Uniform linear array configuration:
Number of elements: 48
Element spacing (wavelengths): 1
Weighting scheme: hann
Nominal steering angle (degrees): -15
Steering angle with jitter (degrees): -15.04
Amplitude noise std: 0.05
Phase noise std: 0.05

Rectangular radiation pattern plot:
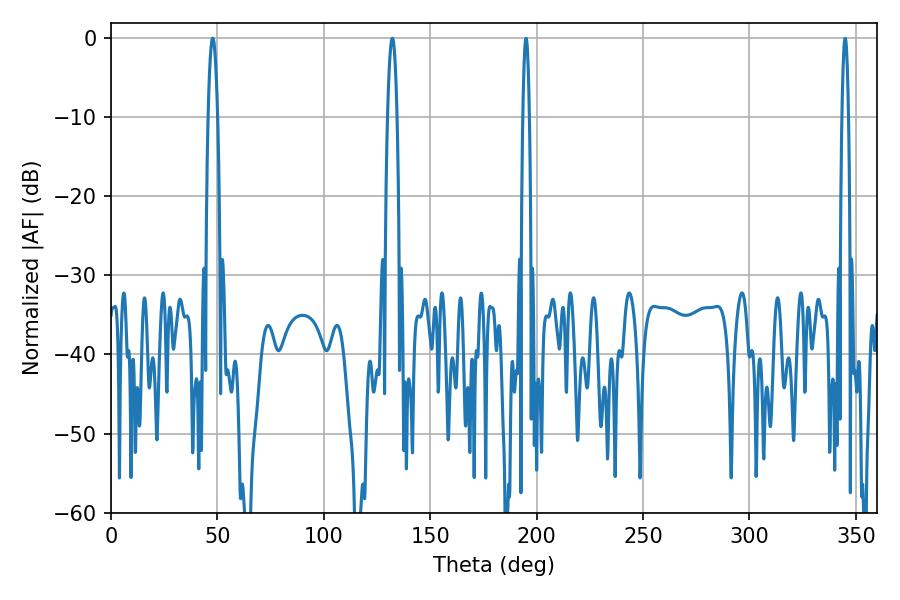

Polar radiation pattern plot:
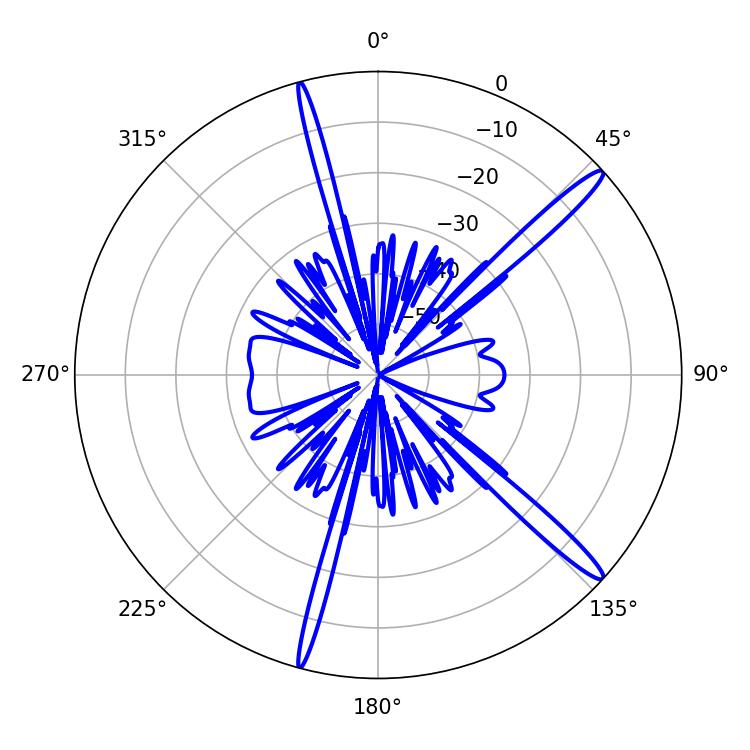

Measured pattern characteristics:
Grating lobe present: TRUE
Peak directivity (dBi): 15.798
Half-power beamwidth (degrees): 2.34
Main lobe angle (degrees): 47.88